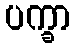
ပက္ခာ